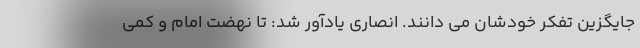
جایگزین تفکر خودشان می دانند. انصاری یادآور شد: تا نهضت امام و کمی